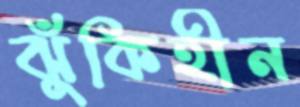
ঝুঁকিহীন